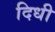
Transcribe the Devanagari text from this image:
दिधी